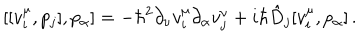
[ [ v _ { i } ^ { \mu } , p _ { j } ] , p _ { \alpha } ] = - \hbar ^ { 2 } \partial _ { \nu } v _ { i } ^ { \mu } \partial _ { \alpha } v _ { j } ^ { \nu } + i \hbar \hat { D } _ { j } [ v _ { i } ^ { \mu } , p _ { \alpha } ] \, .